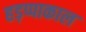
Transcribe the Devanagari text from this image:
हड़प्पाकाल